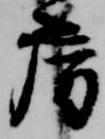
房